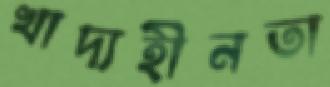
খাদ্যহীনতা